[Report on the health of British troops in the Madras command]
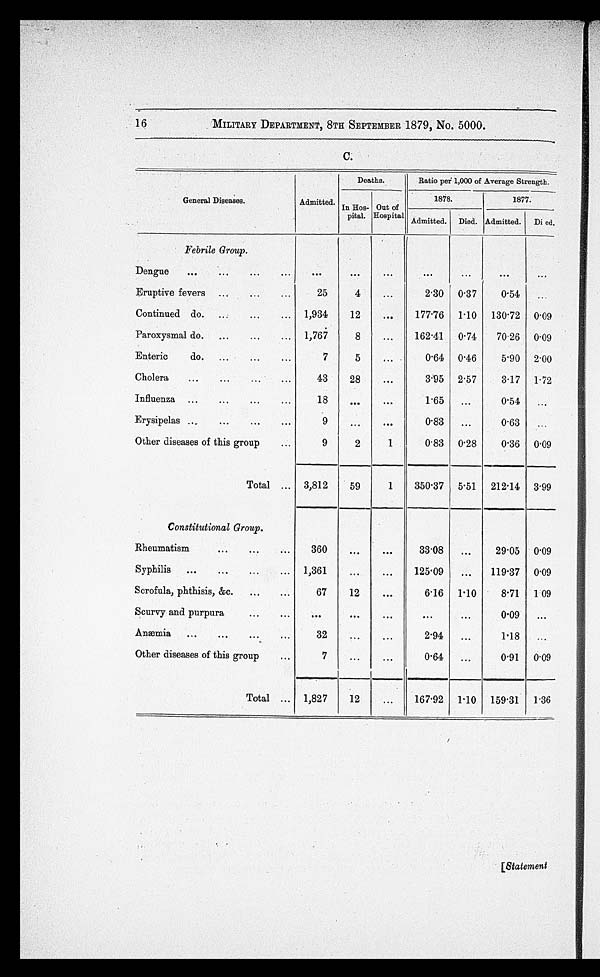
16
MILITARY DEPARTMENT, 8TH SEPTEMBER 1879, No. 5000.
C.
Deaths.
Ratio per 1,000 of Average Strength.
General Diseases.
Admitted. In Hos-
pital. Hospital
Out of
1878.
1877.
Admitted. Died. Admitted. I Di ed.
Febrile Group.
Dengue
...
...
...
...
...
. . .
. . .
. . .
...
. . .
. . .
Eruptive fevers ...
...
...
25
4
...
MO 0. 37
0.54
...
Continued do.
...
1,934
12
...
177.76 1 . 10
130 . 72 0.09
Paroxysmal do.
...
...
... 1,767
8
...
162.41
0 . 74
70-26 0.09
Enteric
do.
...
...
...
7
5
...
0.64 0 .46
5.90 2.00
Cholera
...
...
43
28
. . .
3.95 2 . 57
3-17 1.72
Influenza ...
...
...
...
18
...
. . .
P65
...
0.54
Erysipelas ..,
...
...
...
9
...
. . .
0.83
...
0.63
...
Other diseases of this group
...
9
2
1
0.83 0. 28
0.36 0.09
Total ... 3,812
59
1
350.37 5 . 51
212. 14 3.99
Constitutional Group.
Rheumatism
...
...
...
360
. . .
. . .
3308
...
29.05 0.09
Syphilis
...
...
...
... 1,361
...
. . .
125.09
...
119. 37 0.09
Scrofula, phthisis, &c.
...
...
67
12
..0
6.16 1 . 10
8.71
1 09
Scurvy and purpura
. . .
0 . 9
. . .
0.09
...
A n mia
...
...
...
...
32
...
. . .
2.94
...
1.18
...
Other diseases of this group
...
7
...
...
0.64
...
0.91
0.09
Total ... 1,827
12
. . .
167.92 1 . 10 159 . 31
P36
[Statement